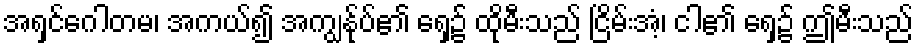
အရှင်ဂေါတမ၊ အကယ်၍ အကျွန်ုပ်၏ ရှေ့၌ ထိုမီးသည် ငြိမ်းအံ့၊ ငါ၏ ရှေ့၌ ဤမီးသည်